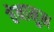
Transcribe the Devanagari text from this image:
वेनामुन